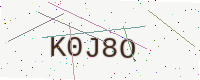
Text: K0J8O